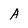
Character: A